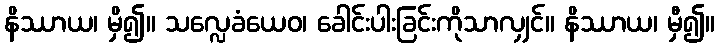
နိဿာယ၊ မှိ၍။ သလ္လေခံယေဝ၊ ခေါင်းပါးခြင်းကိုသာလျှင်။ နိဿာယ၊ မှီ၍။